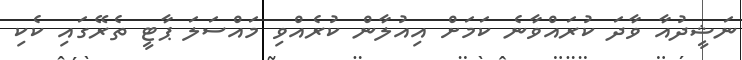
ނަޝީދުއާ ވާދަ ކުރައްވާނެ ކަމަށް އިއުލާން ކުރެއްވި މައްސަލަ ޕާޓީ ތެރޭގައި ކެކި